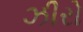
ઝીરો